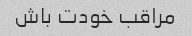
مراقب خودت باش